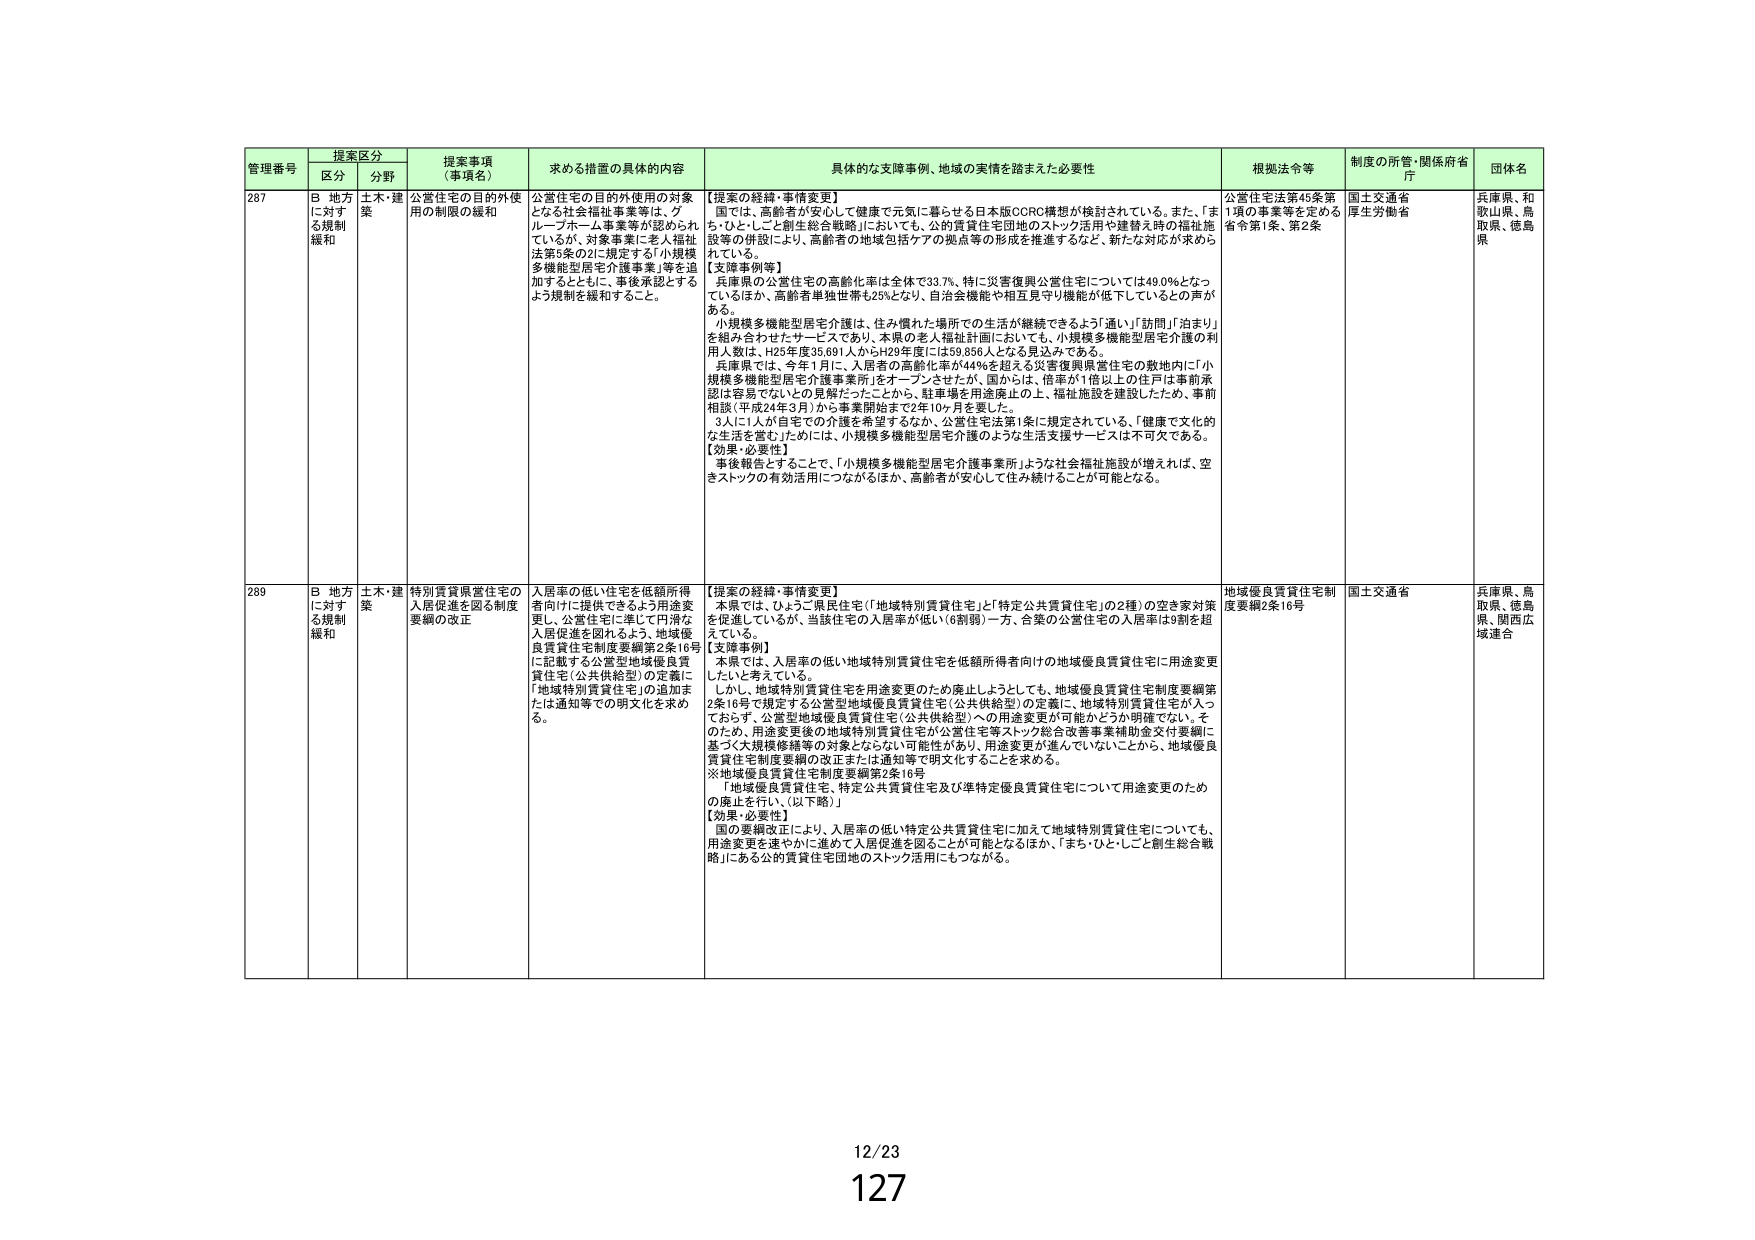
管理番号 提案区分 提案事項 （事項名） 求める措置の具体的内容 具体的な支援事例、地域の実情を踏まえた必要性 根拠法令等 制度の所管・関係府省 庁 団体名
区分 分野
287 B 地方 に対する規制 緩和 土木・建築 公営住宅の目的外使用の対象 用の制限の緩和 公営住宅の目的外使用の対象となる社会福祉事業等は、グループホーム事業等が認められているが、対象事業に老人福祉法第3条の2に規定する「小規模多機能型居宅介護事業」等を追加するとともに、事後承認とするよう規制を緩和すること。 【提案の経緯・事情変更】 国では、高齢者が安心して健康で元気に暮らせる日本版CCRC構想が検討されている。また、「まち・ひと・こと創生総合戦略」においても、公的賃貸住宅団地のストック活用や建替え時の福祉施設等の併設により、高齢者の地域包括ケアの拠点等の形成を推進するなど、新たな対応が求められている。 【支援事例等】 兵庫県の公営住宅の高齢化率は全体で33.7%、特に災害復興公営住宅については49.0%となっているほか、高齢者単独世帯も25%となり、自治会機能や相互見守り機能が低下しているとの声がある。 小規模多機能型居宅介護は、住み慣れた場所での生活が継続できるよう「通い」「訪問」「泊まり」を組み合わせたサービスであり、本県の老人福祉計画においても、小規模多機能型居宅介護の利用人数は、H25年度35,691人からH29年度には59,856人となる見込みである。 兵庫県では、今年1月に、入居者の高齢化率が44%を超える災害復興県営住宅の敷地内に「小規模多機能型居宅介護事業所」をオープンさせたが、国からは、倍率が1倍以上の住戸は事前承認が容易でないとの見解だったことから、駐車場を用途廃止の上、福祉施設を建設したため、事前相談（平成24年3月）から事業開始まで2年10ヶ月を要した。 3人に1人が自宅での介護を希望するなか、公営住宅法第1条に規定されている、「健康で文化的な生活を営む」ためには、小規模多機能型居宅介護のような生活支援サービスは不可欠である。 【効果・必要性】 事後報告とすることで、「小規模多機能型居宅介護事業所」ような社会福祉施設が増えれば、空きストックの有効活用につながるほか、高齢者が安心して住み続けることが可能となる。 公営住宅法第45条第1項の事業等を定める省令第1条、第2条 国土交通省 厚生労働省 兵庫県、和歌山県、鳥取県、徳島県
289 B 地方 に対する規制 緩和 土木・建築 特別賃貸県営住宅の 入居促進を図る制度要綱の改正 入居率の低い住宅を低額所得者向けに提供できるよう用途変更し、公営住宅に準じて円滑な入居促進を図れるよう、地域優良賃貸住宅制度要綱第2条16号に記載する公営型地域優良賃貸住宅（公共供給型）の定義に「地域特別賃貸住宅」の追加または通知等での別文化を求めた。 【提案の経緯・事情変更】 本県では、ひょうご県民住宅（「地域特別賃貸住宅」＋「特定公共賃貸住宅」の2種）の空き家対策を促進しているが、当該住宅の入居率が低い（6割弱）一方、合築の公営住宅の入居率は9割を超えている。 【支援事例】 本県では、入居率の低い地域特別賃貸住宅を低額所得者向けの地域優良賃貸住宅に用途変更したいと考えている。 しかし、地域特別賃貸住宅を用途変更のため廃止しようとしても、地域優良賃貸住宅制度要綱第2条16号で規定する公営型地域優良賃貸住宅（公共供給型）の定義に、地域特別賃貸住宅が入っておらず、公営型地域優良賃貸住宅（公共供給型）への用途変更が可能かどうか明確でない。そのため、用途変更後の地域特別賃貸住宅等が公営住宅等ストック総合改善事業補助金交付要綱に基づく大規模修繕等の対象とならない可能性があり、用途変更が進んでいないことから、地域優良賃貸住宅制度要綱の改正または通知等で明文化することを求める。 ※地域優良賃貸住宅制度要綱第2条16号 「地域優良賃貸住宅、特定公共賃貸住宅及び準特定優良賃貸住宅について用途変更のための廃止を行い、（以下略）」 【効果・必要性】 国の要綱改正により、入居率の低い「特定公共賃貸住宅」に加えて地域特別賃貸住宅についても、用途変更を速やかに進めて入居促進を図ることが可能となるほか、「まち・ひと・こと創生総合戦略」にある公的賃貸住宅団地のストック活用にもつながる。 地域優良賃貸住宅制度要綱2条16号 国土交通省 兵庫県、鳥取県、徳島県、関西広域連合
12/23
127